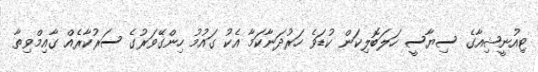
ޓިއުނީޝިއާގެ ސިޔާސީ ހަލަބޮލިކަން ކުޑަވެ ހަރުދަނާކަމާ އެކު ގައުމު ހިންގޭވަރުގެ ސަރުކާރެއް ގާއިމްވިތާ